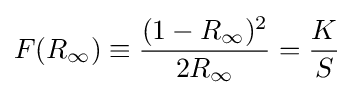
F(R_{\infty })\equiv {\frac {(1-R_{\infty })^{2}}{2R_{\infty }}}={\frac {K}{S}}